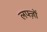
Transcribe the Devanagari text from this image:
लफ्ज़ों